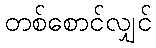
တစ်စောင်လျှင်